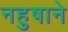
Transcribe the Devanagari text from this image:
नहुषाने